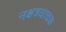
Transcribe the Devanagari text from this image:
नक्षत्रवाचक